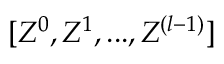
[ { Z } ^ { 0 } , { Z } ^ { 1 } , . . . , { Z } ^ { ( l - 1 ) } ]